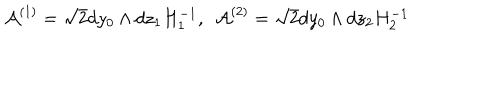
LaTeX: { \cal A } ^ { ( 1 ) } = \sqrt { 2 } d y _ { 0 } \wedge d z _ { 1 } H _ { 1 } ^ { - 1 } , ~ ~ { \cal A } ^ { ( 2 ) } = \sqrt { 2 } d y _ { 0 } \wedge d z _ { 2 } H _ { 2 } ^ { - 1 }